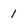
Character: 1